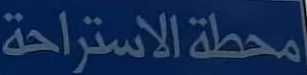
محطة الاستراحة